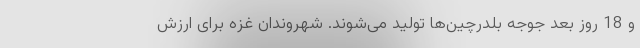
و 18 روز بعد جوجه‌ بلدرچین‌ها تولید می‌شوند. شهروندان غزه برای ارزش